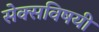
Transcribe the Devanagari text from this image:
सेक्सविषयी